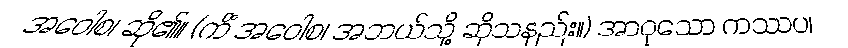
အဝေါစ၊ ဆို၏။ (ကိံ အဝေါစ၊ အဘယ်သို့ ဆိုသနည်း။) အာဝုသော ကဿပ၊